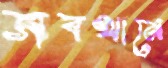
সবখানে